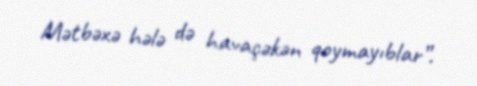
Mətbəxə hələ də havaçəkən qoymayıblar”.